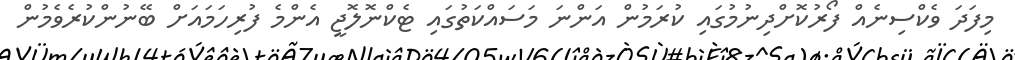
މިފަދަ ވެކްސިނެއް ފޯރުކޮށްދިނުމުގައި ކުރަމުން އަންނަ މަސައްކަތުގައި ޓެކްނޮލޮޖީ އެންމެ ފުރިހަމައަށް ބޭނުންކުރެވެމުން